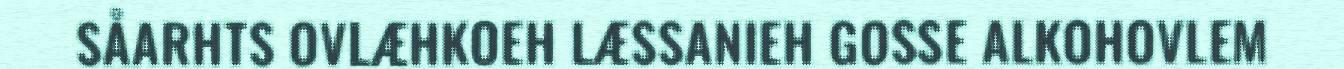
SÅARHTS OVLÆHKOEH LÆSSANIEH GOSSE ALKOHOVLEM